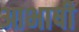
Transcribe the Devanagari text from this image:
आभाषी